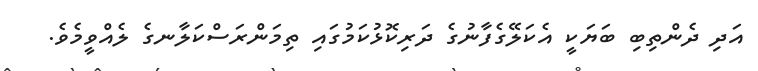
އަދި ދެންތިބި ބަޔަކީ އެކަލޭގެފާނުގެ ދަރިކޮޅުކަމުގައި ތިމަންރަސްކަލާނގެ ލެއްވީމެވެ.